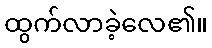
ထွက်လာခဲ့လေ၏။